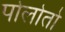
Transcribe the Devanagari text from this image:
पोलोतो